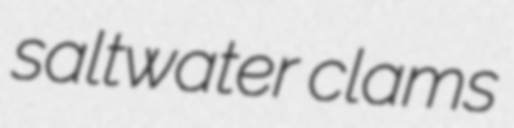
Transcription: saltwater clams